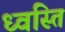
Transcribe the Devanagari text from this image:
ध्वस्ति